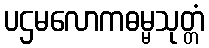
ပဌမလောကဓမ္မသုတ္တံ